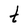
Character: t